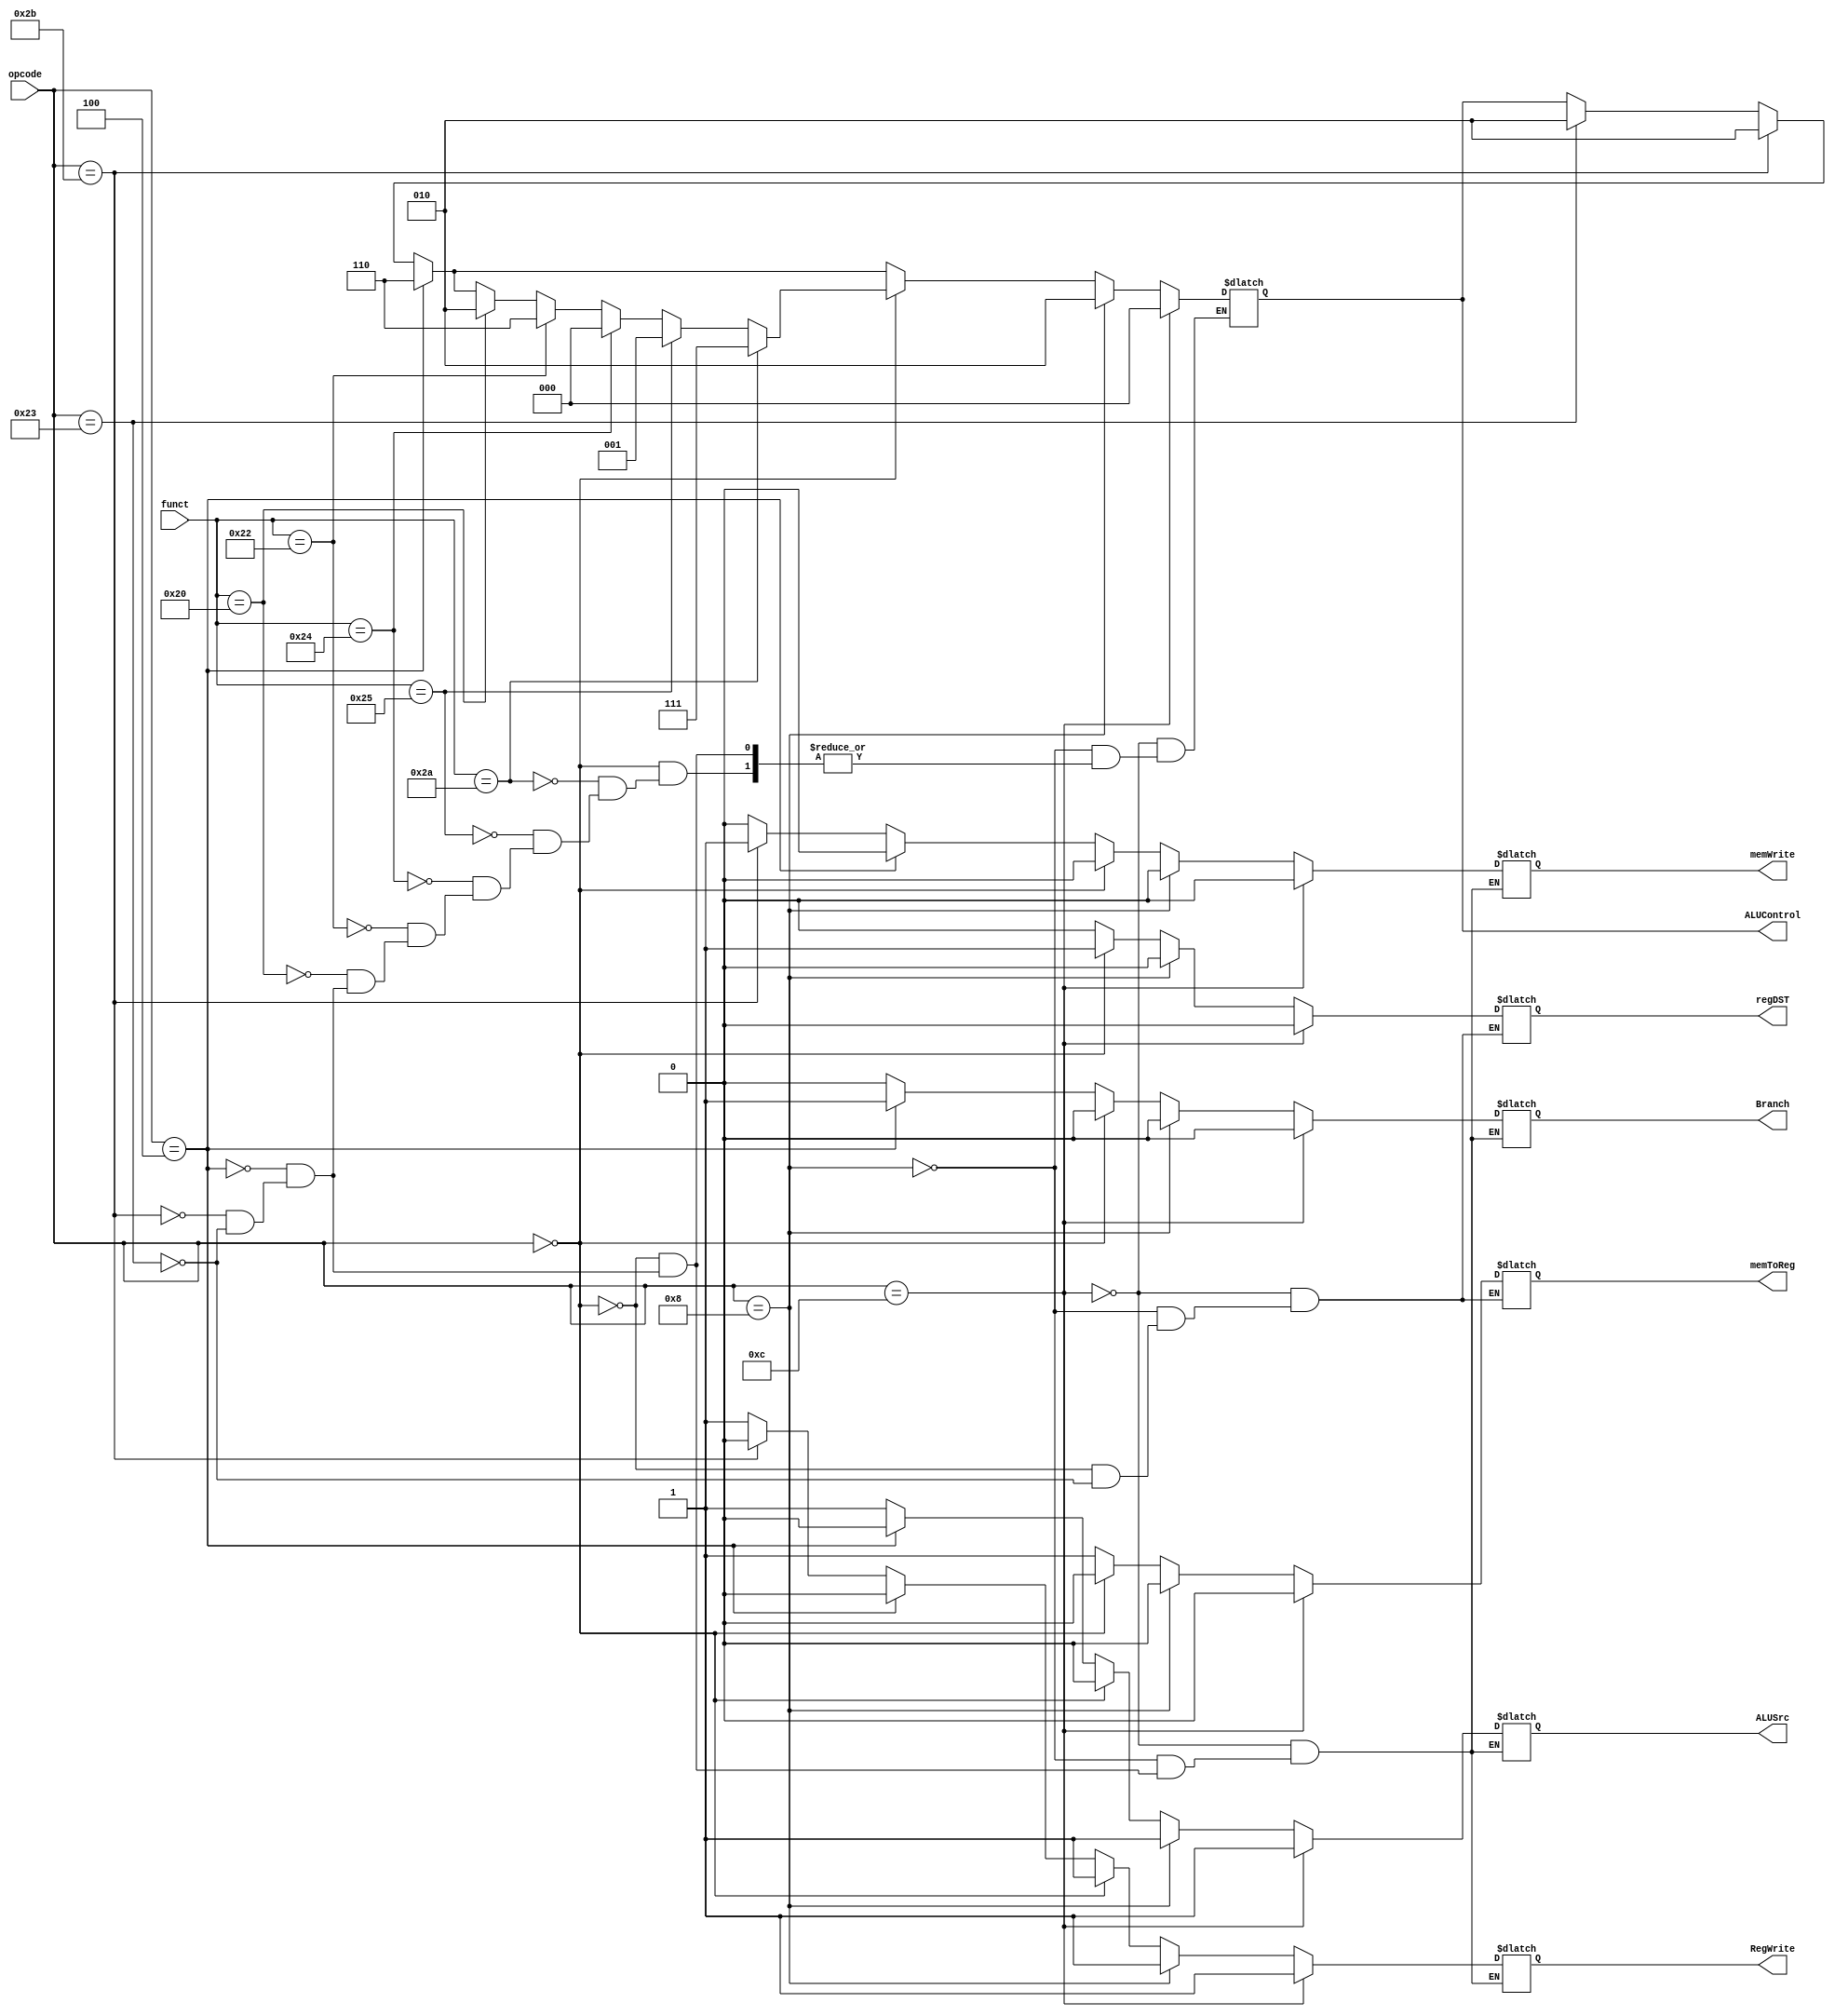
module ctr_unit(opcode, funct, memToReg, memWrite, Branch, ALUControl, ALUSrc, regDST, RegWrite);
    input [5:0] opcode;
    input [5:0] funct;
    output reg memToReg, memWrite, Branch, ALUSrc, regDST, RegWrite;
    output reg [2:0] ALUControl;
    always @(*) begin
        #1;
        if (opcode == 6'b100011) begin //lw
            RegWrite = 1'b1;
            regDST = 1'b0;
            ALUSrc = 1'b1;
            Branch = 1'b0;
            memWrite = 1'b0;
            memToReg = 1'b1;
            ALUControl = 3'b010;
        end

        if (opcode == 6'b101011) begin
            RegWrite = 1'b0;
            ALUSrc = 1'b1;
            Branch = 1'b0;
            memWrite = 1'b1;
            ALUControl = 3'b010;
        end

        if (opcode == 6'b000100) begin
            RegWrite = 1'b0;
            ALUSrc = 1'b0;
            Branch = 1'b1;
            memWrite = 1'b0;
            ALUControl = 3'b110;
        end


        if (opcode == 6'b000000) begin //R-type
            RegWrite <= 1'b1;
            regDST <= 1'b1;
            ALUSrc <= 1'b0;
            Branch <= 1'b0;
            memWrite <= 1'b0;
            memToReg <= 1'b0;

            if (funct == 6'b100000) begin //add
                ALUControl <= 3'b010;
            end
            
            if (funct == 6'b100010) begin
                ALUControl <= 3'b110;
            end

            if (funct == 6'b100100) begin
                ALUControl <= 3'b000;
            end

            if (funct == 6'b100101) begin
                ALUControl <= 3'b001;
            end

            if (funct == 6'b101010) begin
                ALUControl <= 3'b111;
            end
        end

        if (opcode == 6'b001000) begin //addi
            ALUSrc <= 1'b1;
            RegWrite <= 1'b1;
            memToReg <= 1'b0;
            regDST <= 1'b0;
            memWrite <= 1'b0;
            Branch <= 1'b0;
            ALUControl <= 3'b010;
        end

        if (opcode == 6'b001100) begin //andi -       addi,   ,   ALUcontrol = 3'b000;
            ALUSrc <= 1'b1;
            RegWrite <= 1'b1;
            memToReg <= 1'b0;
            regDST <= 1'b0;
            memWrite <= 1'b0;
            Branch <= 1'b0;
            ALUControl <= 3'b000;
        end
        #1;
    end
endmodule